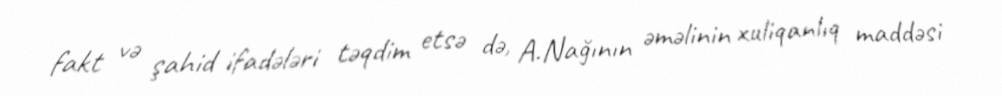
fakt və şahid ifadələri təqdim etsə də, A.Nağının əməlinin xuliqanlıq maddəsi